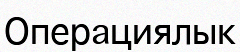
Операциялык